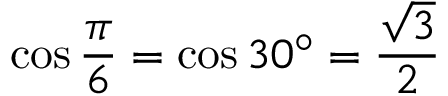
\cos { \frac { \pi } { 6 } } = \cos 3 0 ^ { \circ } = { \frac { \sqrt { 3 } } { 2 } }